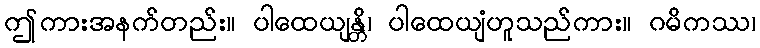
ဤကားအနက်တည်း။ ပါထေယျန္တိ၊ ပါထေယျံဟူသည်ကား။ ဂမိကဿ၊